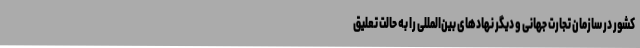
کشور در سازمان تجارت جهانی و دیگر نهادهای بین‌المللی را به حالت تعلیق